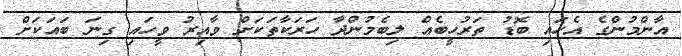
އާންމުންގެ އެހައި ބޮޑު ތަރުހީބެއް ލިބެމުންދާ ހަރަކާތަކަށް ވާއިރު ވީހައި ގިނަ ބައަކަށް